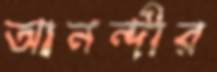
আনন্দীর